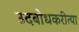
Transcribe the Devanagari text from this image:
उदबोधकरीत्या